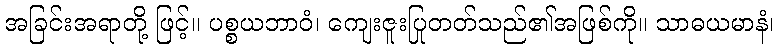
အခြင်းအရာတို့ ဖြင့်။ ပစ္စယဘာဝံ၊ ကျေးဇူးပြုတတ်သည်၏အဖြစ်ကို။ သာဓယမာနံ၊